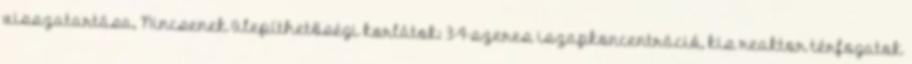
visszatartása, Nincsenek ülepíthetőségi korlátok: 3-4-szeres iszapkoncentráció, kis reaktor térfogatok